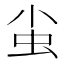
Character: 𧈨